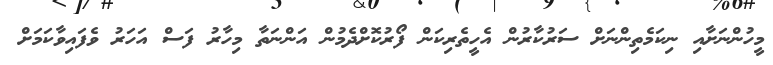
މީހުންނަށާއި ނިކަމެތިންނަށް ސަރުކާރުން އެހީތެރިކަން ފޯރުކޮށްދެމުން އަންނަތާ މިހާރު ފަސް އަހަރު ވެފައިވާކަމަށް